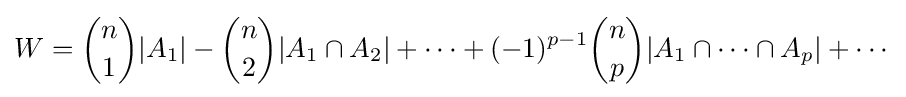
W={n \choose 1}|A_{1}|-{n \choose 2}|A_{1}\cap A_{2}|+\cdots +(-1)^{p-1}{n \choose p}|A_{1}\cap \cdots \cap A_{p}|+\cdots